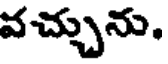
వచ్చును.